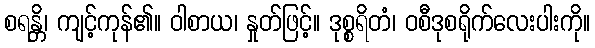
စရန္တိ၊ ကျင့်ကုန်၏။ ဝါစာယ၊ နှုတ်ဖြင့်။ ဒုစ္စရိတံ၊ ဝစီဒုစရိုက်လေးပါးကို။